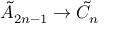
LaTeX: { \tilde { A } } _ { 2 n - 1 } \to { \tilde { C } } _ { n }